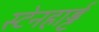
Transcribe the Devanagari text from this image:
स्टेनहार्ड्ट